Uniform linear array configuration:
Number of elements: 32
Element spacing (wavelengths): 0.75
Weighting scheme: blackman
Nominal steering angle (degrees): -30
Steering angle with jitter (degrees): -28.473
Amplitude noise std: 0.05
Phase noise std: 0.05

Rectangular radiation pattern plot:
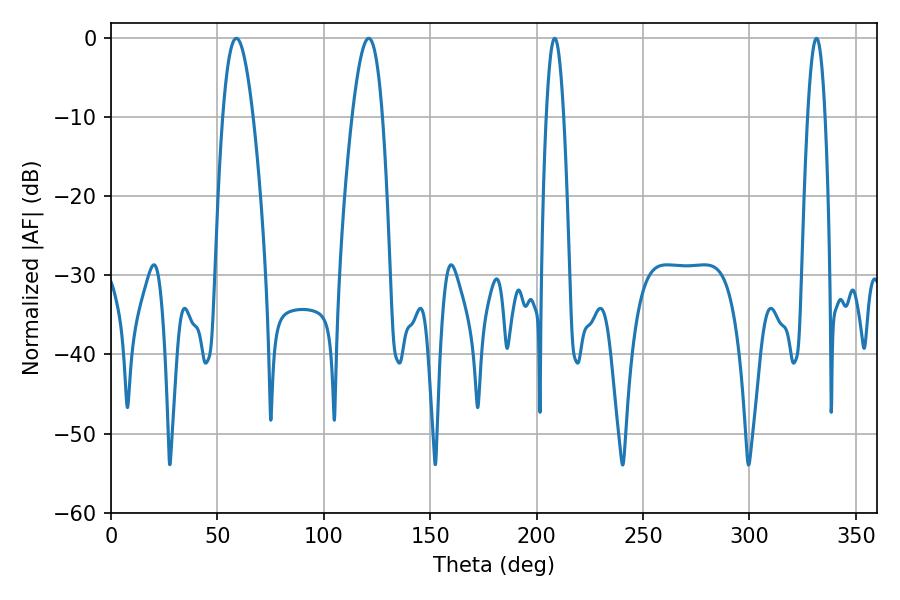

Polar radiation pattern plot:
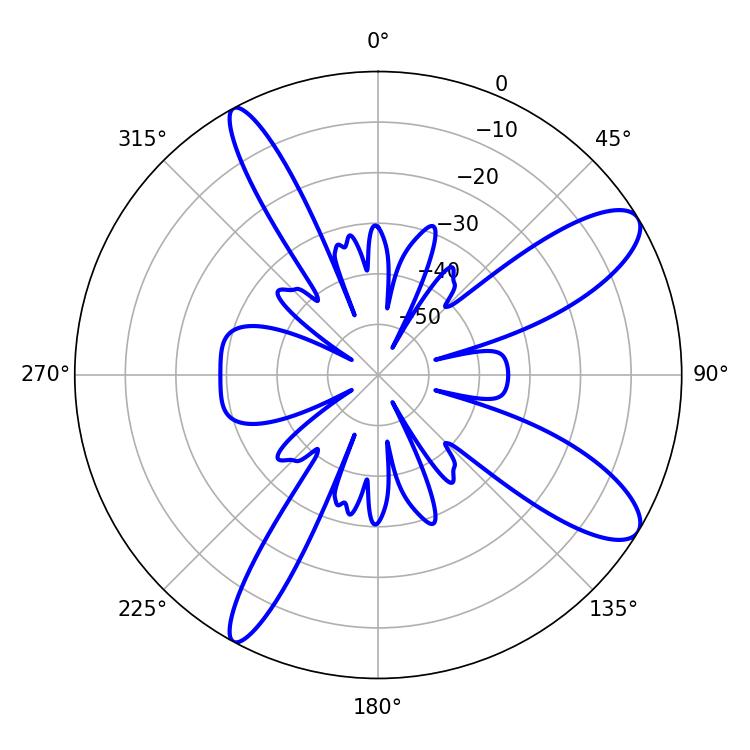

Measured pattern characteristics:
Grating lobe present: TRUE
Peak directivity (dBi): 10.7
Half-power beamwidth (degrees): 7.74
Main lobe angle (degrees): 58.86